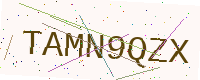
Text: TAMN9QZX